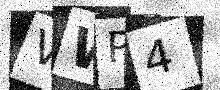
Text: VWP4